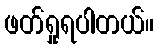
ဖတ်ရှုရပါတယ်။